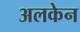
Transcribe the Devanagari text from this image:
अलकेन